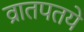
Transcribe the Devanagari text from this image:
व्रातपतये